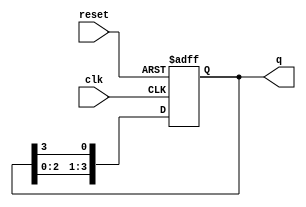
module ring_counter #(
    parameter N = 4  // Number of flip-flops
)(
    input wire clk,       // Clock input
    input wire reset,     // Reset input
    output reg [N-1:0] q // Output state of the ring counter
);

// Initial state
initial begin
    q = 1'b1; // Set the initial state to 1000 for a 4-bit counter
end

// Always block triggered on the rising edge of the clock or reset
always @(posedge clk or posedge reset) begin
    if (reset) begin
        // Reset the counter to initial state
        q <= 1'b1; // Reset to 1000 for a 4-bit counter
    end else begin
        // Shift the logic high around the ring
        q <= {q[N-2:0], q[N-1]}; // Shift left and wrap around
    end
end

endmodule